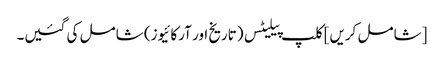
[شامل کریں] کلپ پیلیٹس (تاریخ اور آرکائیوز) شامل کی گئیں۔